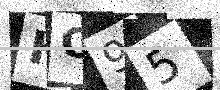
Text: HC95